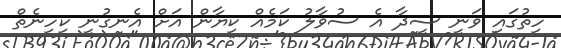
ހިތުގައި ވަނީ ސީދާ އެ ސުވާލު ކަމެއް ކިޔާން އަށް އެނގުނީ ކިހިނެތް